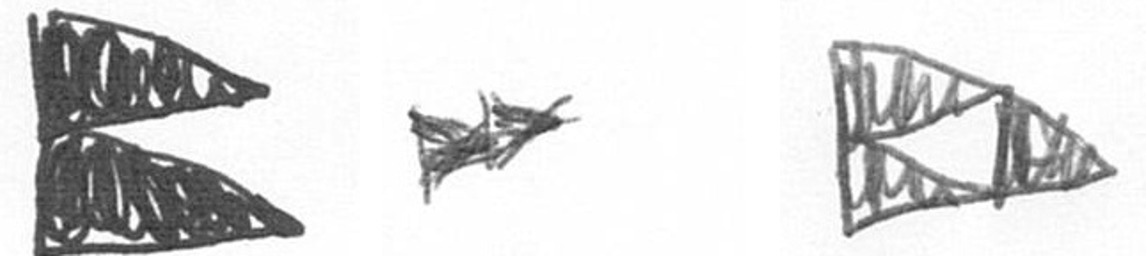
P A K